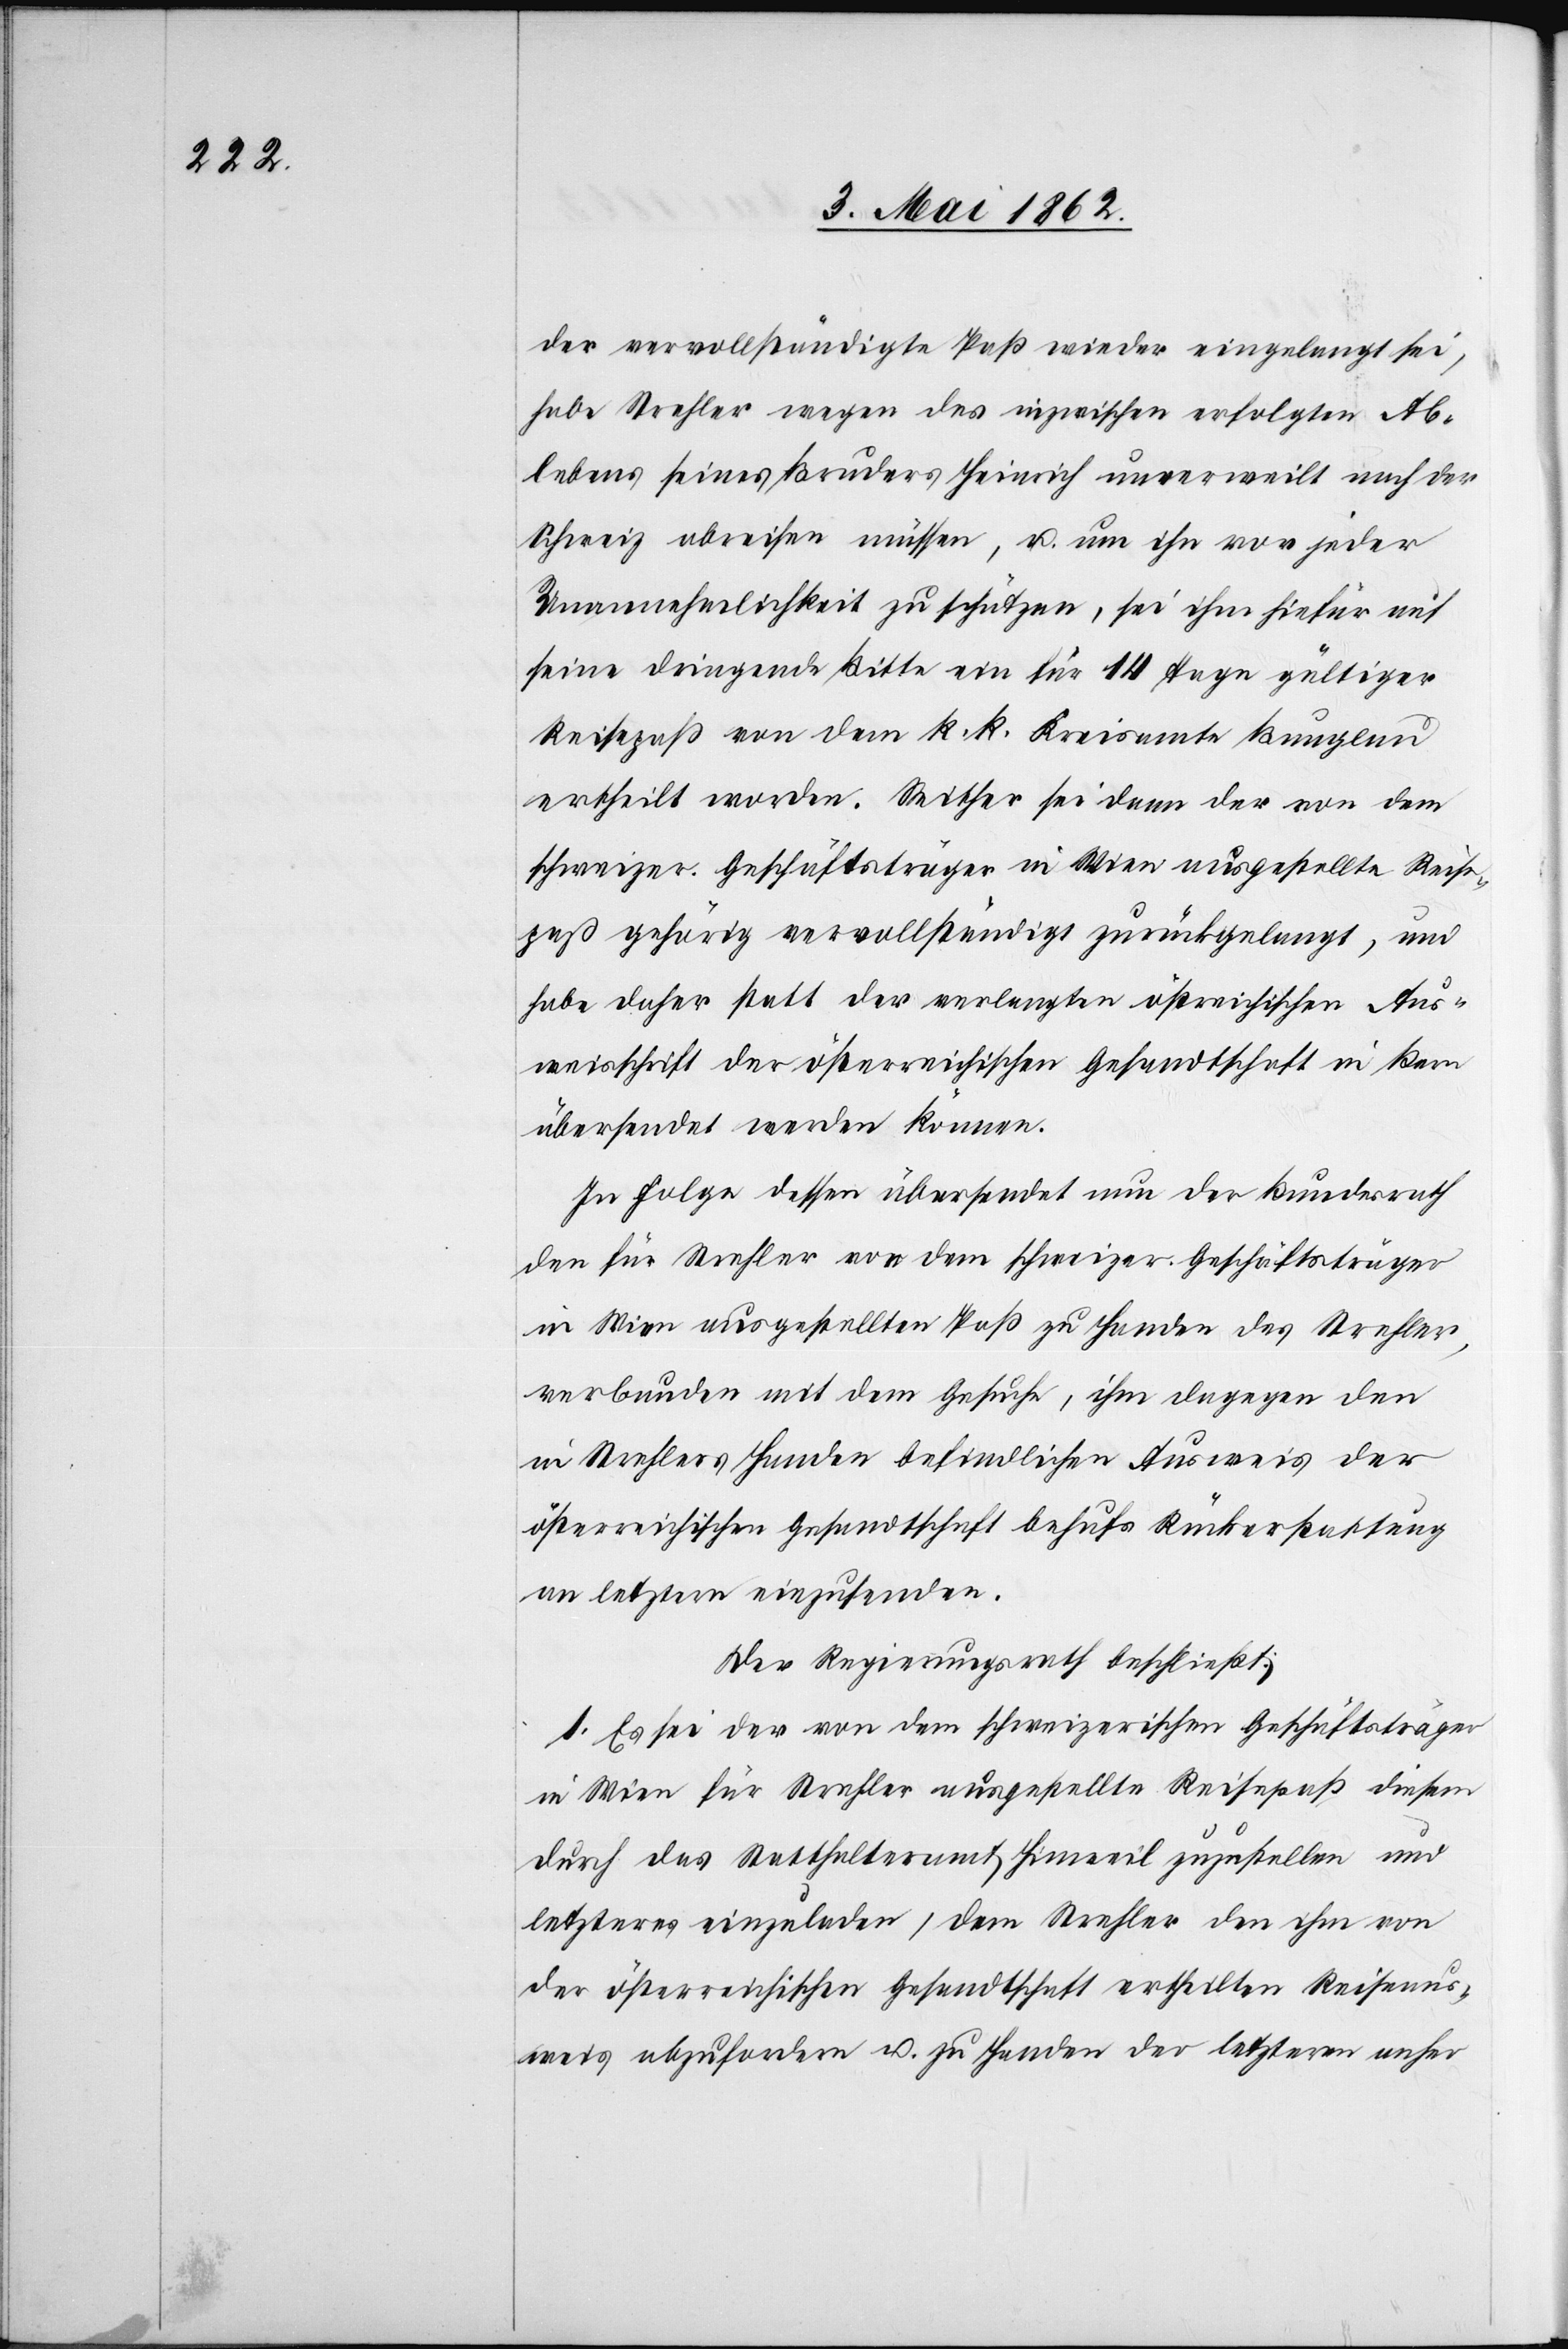
der vervollständigte Paß wieder eingelangt sei,
habe Strehler wegen des inzwischen erfolgten Ab¬
lebens seines Bruders Heinrich unverweilt nach der
Schweiz abreisen müssen, u. um ihn vor jeder
Unannehmlichkeit zu schützen, sei ihm hiefür auf
seine dringende Bitte ein für 14 Tage gültiger
Reisepaß von dem k. K. Kreisamte Bunglau
ertheilt worden. Seither sei dann der von dem
schweizer. Geschäftsträger in Wien ausgestellte Reise¬
paß gehörig vervollständigt zurückgelangt, und
habe daher statt der verlangten östreichischen Aus¬
weisschrift der österreichischen Gesandtschaft in Bern
übersendet werden können.
In Folge dessen übersendet nun der Bundesrath
den für Strehler von dem schweizer Geschäftsträger
in Wien ausgesellten Paß zu Handen des Strehler,
verbunden mit dem Gesuche, ihm dagegen den
in Strehlers Handen befindlichen Ausweis der
österreichischen Gesandtschaft behufs Rückerstattung
an letztern einzusenden.
Der Regierungsrath beschließt:
1. Es sei der von dem schweizerischen Geschäftsträger
in Wien für Strehler ausgestellte Reisepaß diesem
durch das Statthalteramt Hinweil zuzustellen und
letzteres einzuladen, dem Strehler den ihm von
der österreichischen Gesandtschaft ertheilten Reiseaus¬
weis abzufordern u. zu Handen der letztern anher